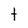
Character: t